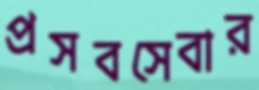
প্রসবসেবার